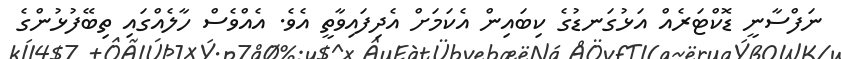
ނަފްސާނީ ޑޮކްޓަރެއް އަޅުގަނޑުގެ ކިބައިން އެކަމަށް އެދިފައިވާތީ އެވެ. އެއްވެސް ހާލެއްގައި ތިބޭފުޅުންގެ